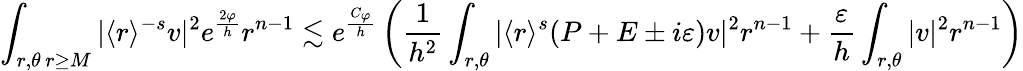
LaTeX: \int_{\substack{r,\theta\, r\geq M}}|\langle r\rangle^{-s}v|^{2}e^{\frac{2\varphi}{h}}r^{n-1}\lesssim e^{\frac{C_{\varphi}}{h}}\left(\frac{1}{h^{2}}\int_{r,\theta}|\langle r\rangle^{s}(P+E\pm i\varepsilon)v|^{2}r^{n-1}+\frac{\varepsilon}{h}\int_{r,\theta}|v|^{2}r^{n-1}\right)